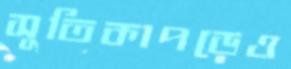
সুতিকাপড়েও